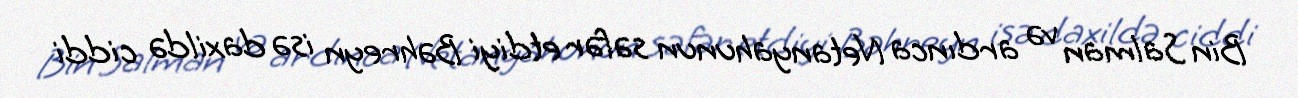
Bin Salman və ardınca Netanyahunun səfər etdiyi Bəhreyn isə daxildə ciddi